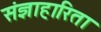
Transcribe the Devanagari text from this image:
संज्ञाहारिता